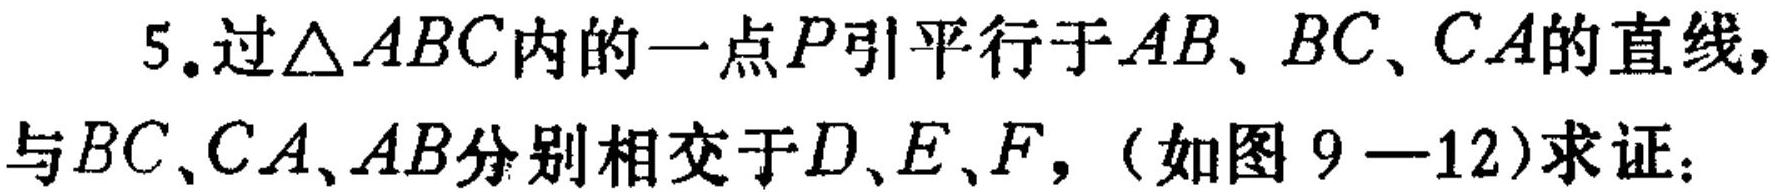
5.过\(\triangle ABC\)内的一点\(P\)引平行于\(AB、BC、CA\)的直线，与\(BC、CA、AB\)分别相交于\(D、E、F\)，（如图\(9 - 12\)）求证：